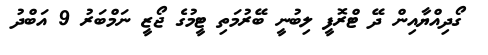
ގޯދިއްޔާއިން ދޭ ޓްރޮފީ ލިބުނީ ބޭރުމަތި ޓީމުގެ ޖޯޒީ ނަމްބަރު 9 އަބްދު